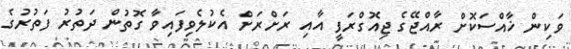
ވަކިން ޚާއްސަކޮށް ރާއްޖޭގެ ޖިއޮގްރަފީ އާއި ރަށްރަށް އެކުލެވިފައިވާ ގޮތުން ދަތުރު ފަތުރުގެ